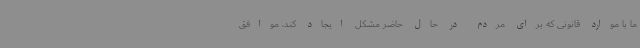
ما با موارد قانونی که برای مردم در حال حاضر مشکل ایجاد کند، موافق